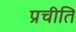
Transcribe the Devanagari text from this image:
प्रचीति